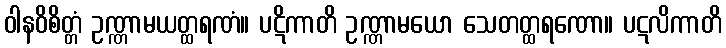
ဝါနဝိစိတ္တံ ဥဏ္ဏာမယတ္ထရဏံ။ ပဋိကာတိ ဥဏ္ဏာမယော သေတတ္ထရဏော။ ပဋလိကာတိ